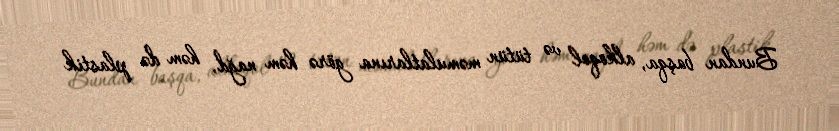
Bundan başqa, alkoqol və tütün məmulatlarına görə həm nağd, həm də plastik